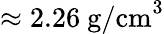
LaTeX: \approx 2.26~\mathrm{g/cm}^{3}